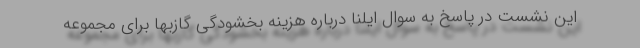
این نشست در پاسخ به سوال ایلنا درباره هزینه بخشودگی گازبها برای مجموعه